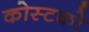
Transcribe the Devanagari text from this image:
कोस्‍टको